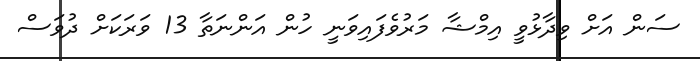
ސަން އަށް ވިދާޅުވީ އިމްޝާ މަރުވެފައިވަނީ ހުން އަންނަތާ 13 ވަރަކަށް ދުވަސް